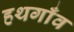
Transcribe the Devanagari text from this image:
हथगाँव